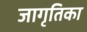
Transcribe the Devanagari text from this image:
जागृतिका